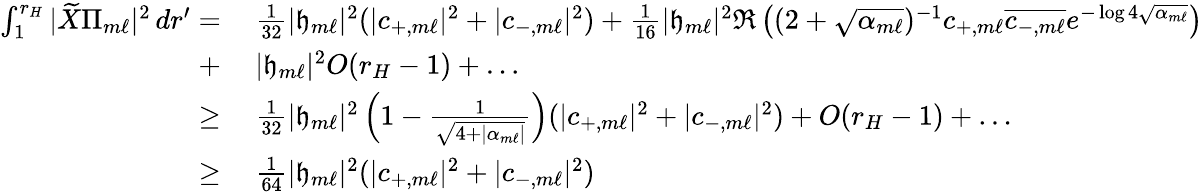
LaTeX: \begin{array}{rl}{\int_{1}^{r_{H}}|\widetilde{X}\Pi_{m\ell}|^{2}\, dr^{\prime}=}&{\: \frac{1}{32}|{\mathfrak{h}}_{m\ell}|^{2}(|c_{+,m\ell}|^{2}+|c_{-,m\ell}|^{2})+\frac{1}{16}|{\mathfrak{h}}_{m\ell}|^{2}\Re\left((2+\sqrt{\alpha_{m\ell}})^{-1}c_{+,m\ell}\overline{{c_{-,m\ell}}}e^{-\log 4\sqrt{\alpha_{m\ell}}}\right)}\\ {+}&{\: |{\mathfrak{h}}_{m\ell}|^{2}O(r_{H}-1)+\ldots}\\ {\geq}&{\: \frac{1}{32}|{\mathfrak{h}}_{m\ell}|^{2}\left(1-\frac{1}{\sqrt{4+|\alpha_{m\ell}|}}\right)(|c_{+,m\ell}|^{2}+|c_{-,m\ell}|^{2})+O(r_{H}-1)+\ldots}\\ {\geq}&{\: \frac{1}{64}|{\mathfrak{h}}_{m\ell}|^{2}(|c_{+,m\ell}|^{2}+|c_{-,m\ell}|^{2})}\end{array}